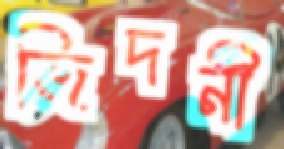
জিদনী